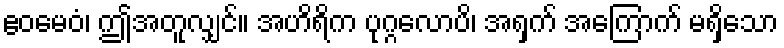
ဧဝမေဝံ၊ ဤအတူလျှင်။ အဟိရိက ပုဂ္ဂလောပိ၊ အရှက် အကြောက် မရှိသော